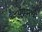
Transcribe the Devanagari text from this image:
ॲपमध्ये